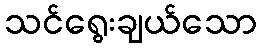
သင်ရွေးချယ်သော